Account of plague administration in the Bombay Presidency from September 1896 till May 1897
Year: 1896
Disease focus: Plague
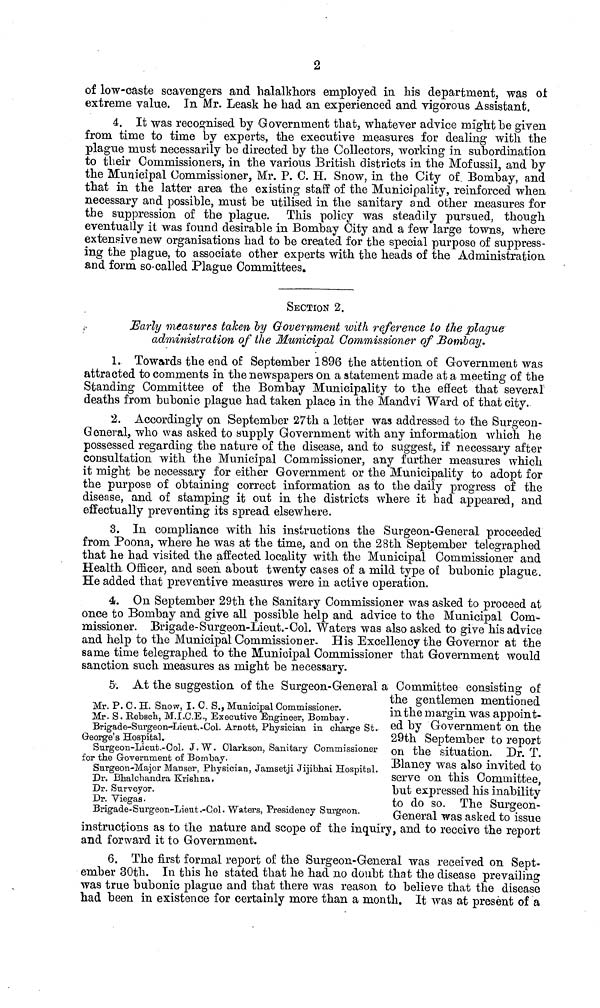
2
of low-caste scavengers and halalkhors employed in his department, was oí
extreme value. In Mr. Leask he had an experienced and vigorous Assistant.
4. It was recognised by Government that, whatever advice might be given
from time to time by experts, the executive measures for dealing with the
plague must necessarily he directed by the Collectors, working in subordination
to their Commissioners, in the various British districts in the Mofussil, and by
the Municipal Commissioner, Mr. P. C. H. Snow, in the City of Bombay, and
that in the latter area the existing staff of the Municipality, reinforced when
necessary and possible, must be utilised in the sanitary and other measures for
the suppression of the plague. This policy was steadily pursued, though
eventually it was found desirable in Bombay City and a few large towns, where
extensive new organisations had to be created for the special purpose of suppress-
ing the plague, to associate other experts with the heads of the Administration
and form so-called Plague Committees.
SECTION 2.
Early measures taken by Government with reference to the plague
administration of the Municipal Commissioner of Bombay.
1. Towards the end of September 1896 the attention of Government was
attracted to comments in the newspapers on a statement made at a meeting of the
Standing Committee of the Bombay Municipality to the effect that several
deaths from bubonic plague had taken place in the Mandvi Ward of that city.
2. Accordingly on September 27th a letter was addressed to the Surgeon-
General, who was asked to supply Government with any information which he
possessed regarding the nature of the disease, and to suggest, if necessary after
consultation with the Municipal Commissioner, any further measures which
it might be necessary for either Government or the Municipality to adopt for
the purpose of obtaining correct information as to the daily progress of the
disease, and of stamping it out in the districts where it had appeared, and
effectually preventing its spread elsewhere.
3. In compliance with his instructions the Surgeon-General proceeded
from Poona, where he was at the time, and on the 28th September telegraphed
that he had visited the affected locality with the Municipal Commissioner and
Health Officer, and seen about twenty cases of a mild type of bubonic plague.
He added that preventive measures were in active operation.
4. On September 29th the Sanitary Commissioner was asked to proceed at
once to Bombay and give all possible help and advice to the Municipal Com-
missioner. Brigade-Surgeon-Lieut.-Col. Waters was also asked to give his advice
and help to the Municipal Commission er- His Excellency the Governor at the
same time telegraphed to the Municipal Commissioner that Government would
sanction such measures as might be necessary.
5. At the suggestion of the Surgeon-General a Committee consisting of
the gentlemen mentioned
in the margin was appoint-
ed by Government on the
29th September to report
on the situation. Dr. T.
Blaney was also invited to
serve on this Committee,
but expressed his inability
to do so. The Surgeon-
General was asked to issue
Mr. P. 0. H. Snow, I. C. S., Municipal Commissioner.
Mr. S. Rebsch, M.I.C.E., Executive Engineer, Bombay.
Brigade-Surgeon-Lieut,-Col. Arnott, Physician in charge St.
George's Hospital.
Surgeon-Lieut.-Col. J.W. Clarkson, Sanitary Commissioner
for the Government of Bombay.
Surgeon-Major Manser, Physician, Jamsetji Jijibhai Hospital.
Dr. Bhalchandra Krishna.
Dr. Surveyor.
Dr. Viegas.
Brigade-Surgeon-Lieut.-Col. Waters, Presidency Surgeon.
instructions as to the nature and scope ot the inquiry, and to receive the report
and forward it to Government.
6. The first formal report of the Surgeon-General was received on Sept-
ember 30th. In this he stated that he had no doubt that the disease prevailing
was true bubonic plague and that there was reason to believe that the disease
had been in existence for certainly more than a month. It was at present of a